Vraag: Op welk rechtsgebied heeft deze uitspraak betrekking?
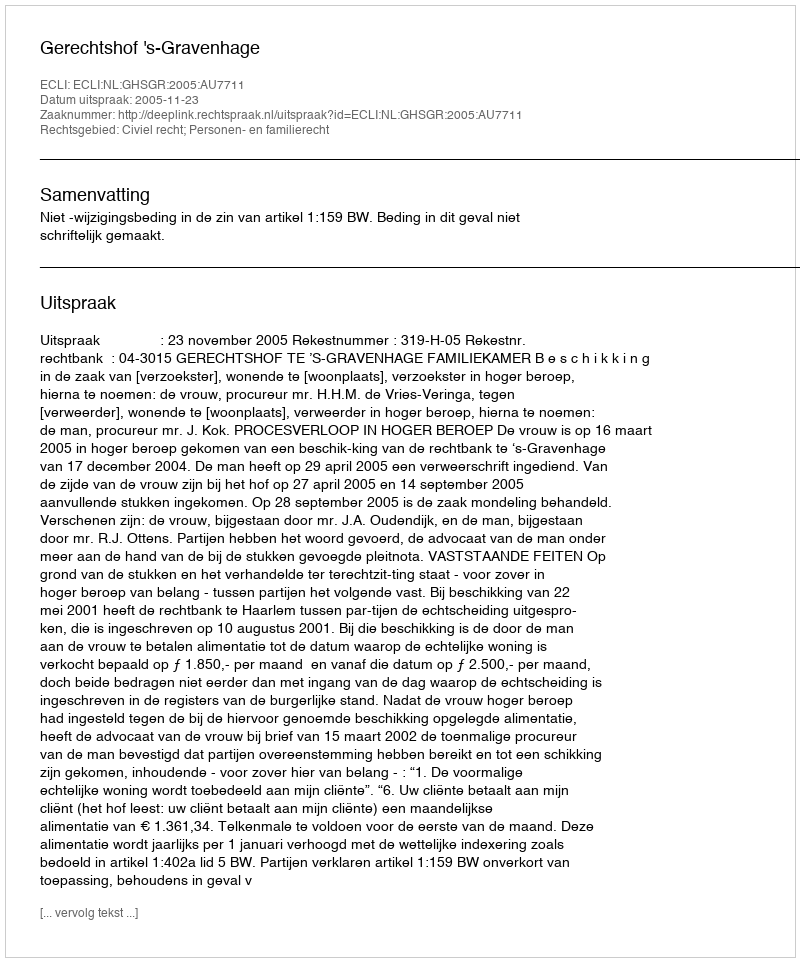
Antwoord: Civiel recht; Personen- en familierecht